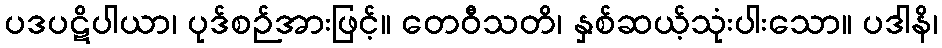
ပဒပဋိပါယာ၊ ပုဒ်စဉ်အားဖြင့်။ တေဝီသတိ၊ နှစ်ဆယ့်သုံးပါးသော။ ပဒါနိ၊